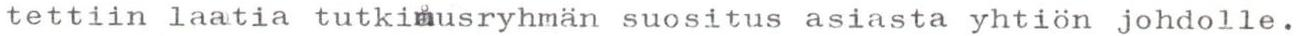
tettiin laatia tutkimusryhmän suositus asiasta yhtiön johdolle.